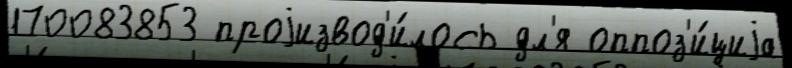
170083853 проjизвод'и́лось дл'я оппоз'и́циjа